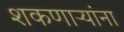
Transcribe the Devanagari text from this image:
शकणाऱ्यांना